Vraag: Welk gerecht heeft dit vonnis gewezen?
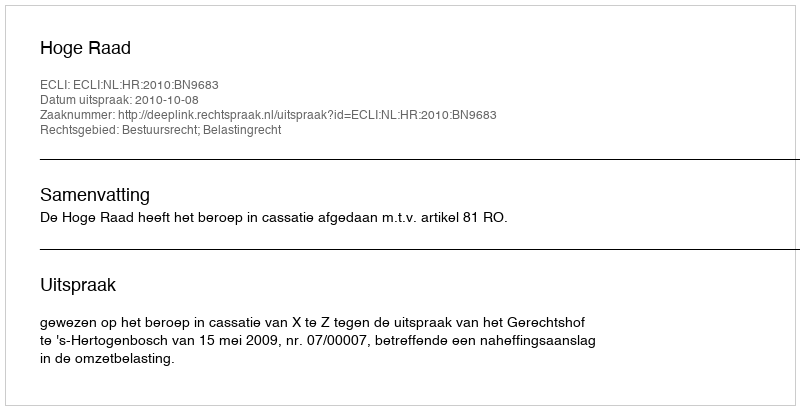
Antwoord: Hoge Raad